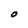
Character: O